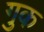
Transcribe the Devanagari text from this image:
गुक